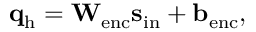
\mathbf { q } _ { \mathrm { h } } = \mathbf { W } _ { \mathrm { e n c } } \mathbf { s } _ { \mathrm { i n } } + \mathbf { b } _ { \mathrm { e n c } } ,